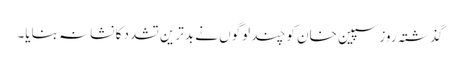
گذشتہ روز سپین خان کو چند لوگوں نے بدترین تشدد کا نشانہ بنایا۔